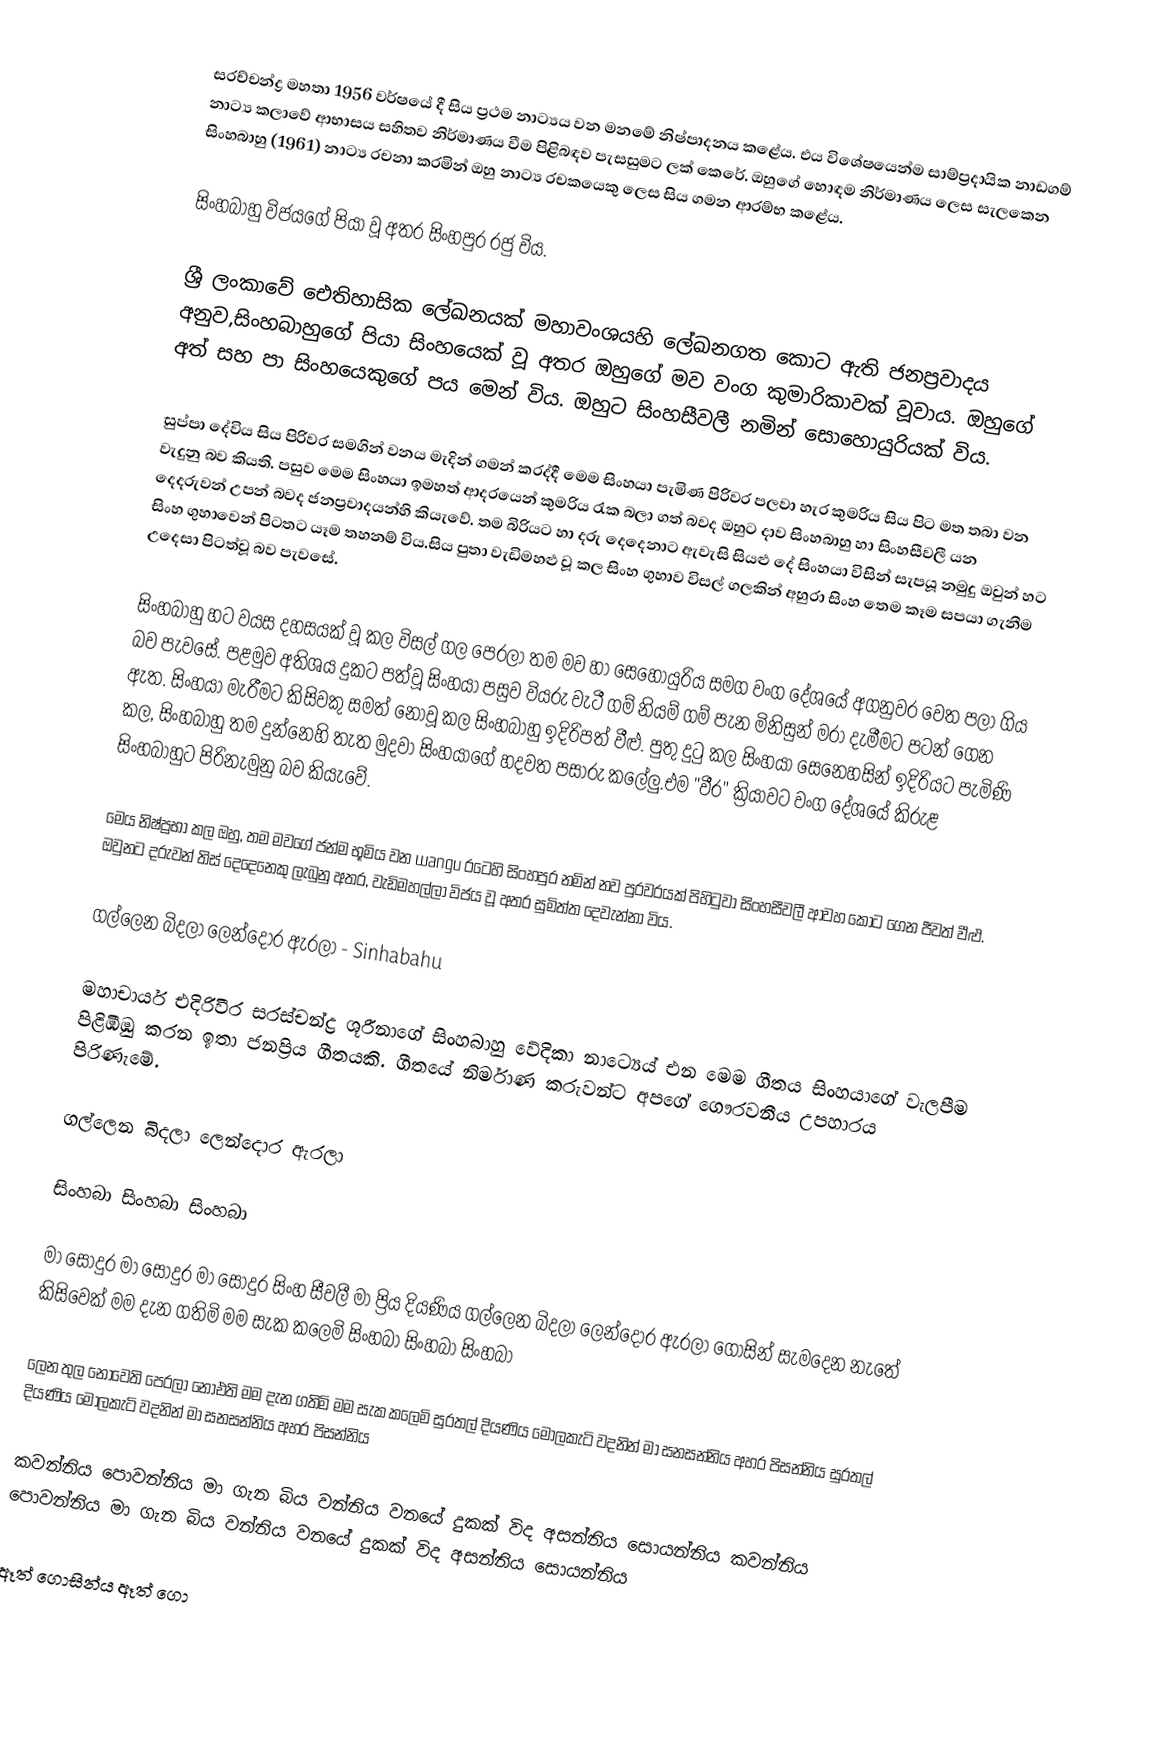
සරච්චන්ද්‍ර මහතා 1956 වර්ෂයේ දී සිය ප්‍රථම නාට්‍යය වන මනමේ නිෂ්පාදනය කළේය. එය විශේෂයෙන්ම සාම්ප්‍රදායික නාඩගම් නාට්‍ය කලාවේ ආභාසය සහිතව නිර්මාණය වීම පිළිබඳව පැසසුමට ලක් කෙරේ. ඔහුගේ හොඳම නිර්මාණය ලෙස සැලකෙන සිංහබාහු (1961) නාට්‍ය රචනා කරමින් ඔහු නාට්‍ය රචකයෙකු ලෙස සිය ගමන ආරම්භ කළේය.

සිංහබාහු විජයගේ පියා වූ අතර සිංහපුර රජු විය.

ශ්‍රී ලංකාවේ ඓතිහාසික ලේඛනයක් මහාවංශයහි ලේඛනගත කොට ඇති ජනප්‍රවාදය අනුව,සිංහබාහුගේ පියා සිංහයෙක් වූ අතර ඔහුගේ මව වංග කුමාරිකාවක් වූවාය. ඔහුගේ අත් සහ පා සිංහයෙකුගේ පය මෙන් විය. ඔහුට සිංහසීවලී නමින් සොහොයුරියක් විය.

සුප්පා දේවිය සිය පිරිවර සමගින් වනය මැදින් ගමන් කරද්දී මෙම සිංහයා පැමිණ පිරිවර පලවා හැර කුමරිය සිය පිට මත තබා වන වැදුනු බව කියති. පසුව මෙම සිංහයා ඉමහත් ආදරයෙන් කුමරිය රැක බලා ගත් බවද ඔහුට දාව සිංහබාහු හා සිංහසීවලී යන දෙදරුවන් උපන් බවද ජනප්‍රවාදයන්හි කියැවේ. තම බිරියට හා දරු දෙදෙනාට ඇවැසි සියළු දේ සිංහයා විසින් සැපයූ නමුදු ඔවුන් හට සිංහ ගුහාවෙන් පිටතට යෑම තහනම් විය.සිය පුතා වැඩිමහළු වූ කල සිංහ ගුහාව විසල් ගලකින් අහුරා සිංහ තෙම කෑම සපයා ගැනීම උදෙසා පිටත්වූ බව පැවසේ.

සිංහබාහු හට වයස දහසයක් වූ කල විසල් ගල පෙරලා තම මව හා සෙහොයුරිය සමග වංග දේශයේ අගනුවර වෙත පලා ගිය බව පැවසේ. පළමුව අතිශය දුකට පත්වූ සිංහයා පසුව වියරු වැටී ගම් නියම් ගම් පැන මිනිසුන් මරා දැමීමට පටන් ගෙන ඇත. සිංහයා මැරීමට කිසිවකු සමත් නොවූ කල සිංහබාහු ඉදිරිපත් වීළු. පුතු දුටු කල සිංහයා සෙනෙහසින් ඉදිරියට පැමිණි කල, සිංහබාහු තම දුන්නෙහි තැත මුදවා සිංහයාගේ හදවත පසාරු කලේලු.එම "වීර" ක්‍රියාවට වංග දේශයේ කිරුළ සිංහබාහුට පිරිනැමුනු බව කියැවේ.

මෙය නිෂ්ප්‍රභා කල ඔහු, තම මවගේ ජන්ම භූමිය වන wangu රටෙහි සිංහපුර නමින් නව පුරවරයක් පිහිටුවා සිංහසීවලී ආවහ කොට ගෙන ජීවත් වීළු. ඔවුනට දරුවන් තිස් දෙදෙනෙකු ලැබුනු අතර, වැඩිමහල්ලා විජය වූ අතර සුමිත්ත දෙවැන්නා විය.

ගල්ලෙන බිදලා ලෙන්දොර ඇරලා - Sinhabahu

මහාචාර්ය එදිරිවීර සරස්චන්ද්‍ර ශූරීනාගේ සිංහබාහු වේදිකා නාට්‍යෙය් එන මෙම ගීතය සිංහයාගේ වැලපීම පිළිඹිඹු කරන ඉතා ජනප්‍රිය ගීතයකි. ගීතයේ නිර්මාණ කරුවන්ට අපගේ ගෞරවනීය උපහාරය පිරිණැමේ.

ගල්ලෙන බිදලා ලෙන්දොර ඇරලා

සිංහබා සිංහබා සිංහබා

මා සොදුර මා සොදුර මා සොදුර සිංහ සීවලී මා ප්‍රිය දියණිය ගල්ලෙන බිදලා ලෙන්දොර ඇරලා ගොසින් සැමදෙන නැතේ කිසිවෙක් මම දැන ගතිමි මම සැක කලෙමි සිංහබා සිංහබා සිංහබා

ලෙන තුල නොවෙති පෙරලා නොඑති මම දැන ගතිමි මම සැක කලෙමි සුරතල් දියණිය මොලකැටි වදනින් මා සනසන්නිය අහර පිසන්නිය සුරතල් දියණිය මොලකැටි වදනින් මා සනසන්නිය අහර පිසන්නිය

කවන්නිය පොවන්නිය මා ගැන බිය වන්නිය වනයේ දුකක් විද අසන්නිය සොයන්නිය කවන්නිය පොවන්නිය මා ගැන බිය වන්නිය වනයේ දුකක් විද අසන්නිය සොයන්නිය

ඈත් ගොසින්ය ඈත් ගො